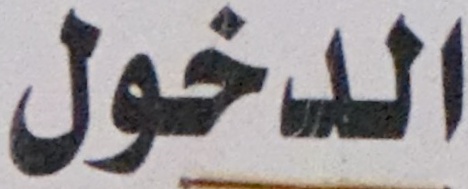
الدخول